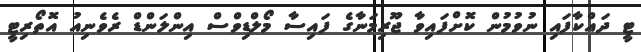
ޓީ ދައްކާފައި ނުވުމުން ކޮށްފައިވާ ޖޫރިމަނާގެ ފައިސާ މޯލްޑިވްސް އިންލަންޑް ރެވެނިއު އޮތޯރިޓީ